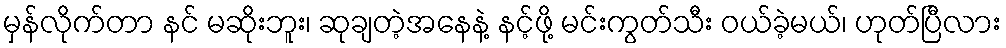
မှန်လိုက်တာ နင် မဆိုးဘူး၊ ဆုချတဲ့အနေနဲ့ နင့်ဖို့ မင်းကွတ်သီး ဝယ်ခဲ့မယ်၊ ဟုတ်ပြီလား